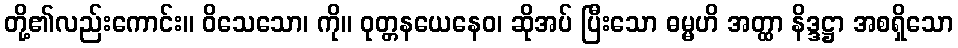
တို့၏လည်းကောင်း။ ဝိသေသော၊ ကို။ ဝုတ္တနယေနေဝ၊ ဆိုအပ် ပြီးသော ဓမ္မဟိ အတ္ထာ နိဒ္ဒဋ္ဌာ အစရှိသော